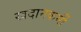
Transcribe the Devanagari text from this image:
खदानकर्मी